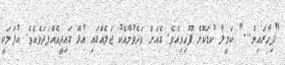
"ފިހާރައިން..." ކަމީލާ ކުޑަކޮށް ފޫހިވިއެވެ. ގެއަށް ވަދެވުމާއެކު ޖަލެއްގައި އުޅޭ ގައިދީއެއްފަދަވެއެވެ. އުފަލަކީ